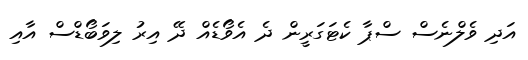
އަދި ވެލްނެސް ސްޕާ ކެޓަގަރީން ދެ އެވޯޑެއް ދޭ އިރު ލިވަބޯޑްސް އާއި